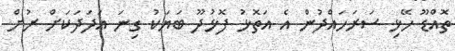
ތޮއްޑޫ ހޭޅި ސަރަހައްދުން އެ އަތޮޅު ފޮޅުދޫ ބަޔަކު ގިނަ އަދަދަކަށް ރުށް